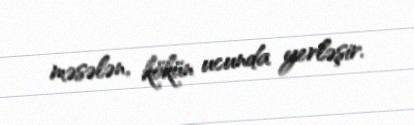
məsələn, kökün ucunda yerləşir.